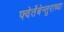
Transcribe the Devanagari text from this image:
फ्वेर्तेबेन्तुराच्या